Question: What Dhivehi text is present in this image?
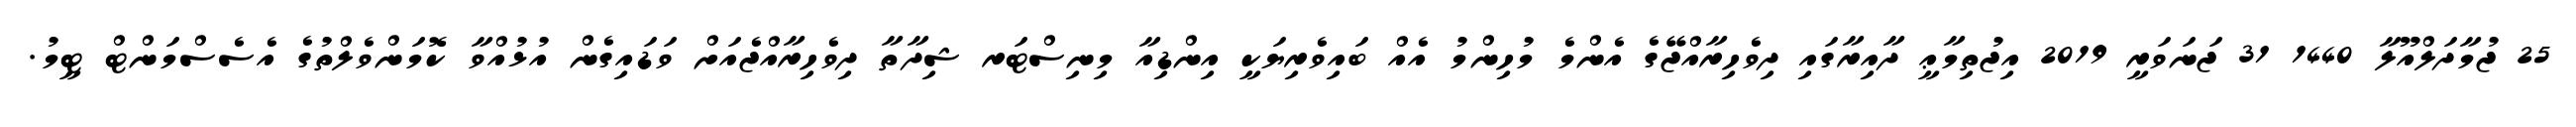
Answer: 25 ޖުމާދަލްއޫލާ 1440 31 ޖަނަވަރީ 2019 އިޖުތިމާޢީ ދާއިރާގައި ދިވެހިރާއްޖޭގެ އެންމެ މުހިންމު އެއް ބައިވެރިޔަކީ އިންޑިއާ މިނިސްޓަރ ޝިދާތާ ދިވެހިރާއްޖެއަށް ވަޑައިގެން އުޅުއްވާ ކޮމަންވެލްތުގެ އެސެސްމަންޓް ޓީމު.